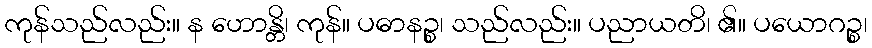
ကုန်သည်လည်း။ န ဟောန္တိ၊ ကုန်။ ပဓာနဉ္စ၊ သည်လည်း။ ပညာယတိ၊ ၏။ ပယောဂဉ္စ၊